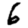
Digit: 6